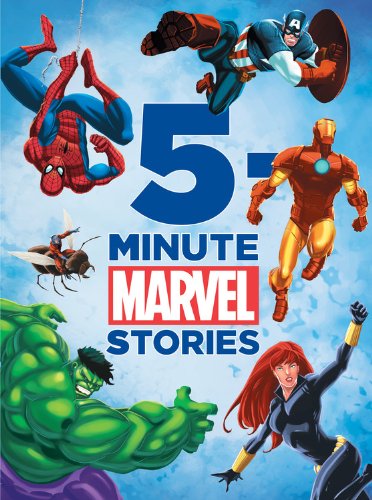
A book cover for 5-Minute Marvel Stories (5-Minute Stories); Disney Book Group; Comics & Graphic Novels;